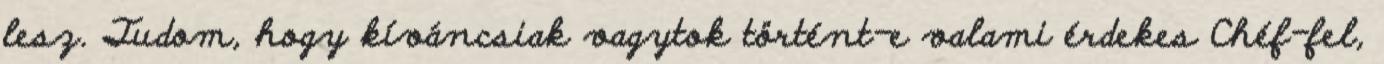
lesz. Tudom, hogy kíváncsiak vagytok történt-e valami érdekes Chéf-fel,